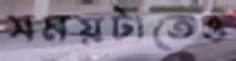
সময়টাতেও